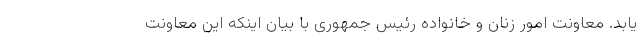
یابد. معاونت امور زنان و خانواده رئیس جمهوری با بیان اینکه این معاونت